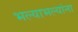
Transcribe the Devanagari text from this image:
भल्याभल्यांना